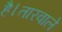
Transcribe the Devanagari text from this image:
है।तारवाले